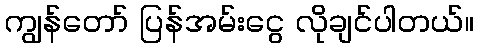
ကျွန်တော် ပြန်အမ်းငွေ လိုချင်ပါတယ်။